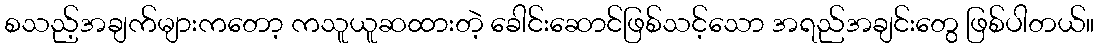
စသည့်အချက်များကတော့ ကသူယူဆထားတဲ့ ခေါင်းဆောင်ဖြစ်သင့်သော အရည်အချင်းတွေ ဖြစ်ပါတယ်။